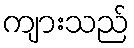
ကျားသည်